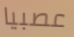
عصبيا